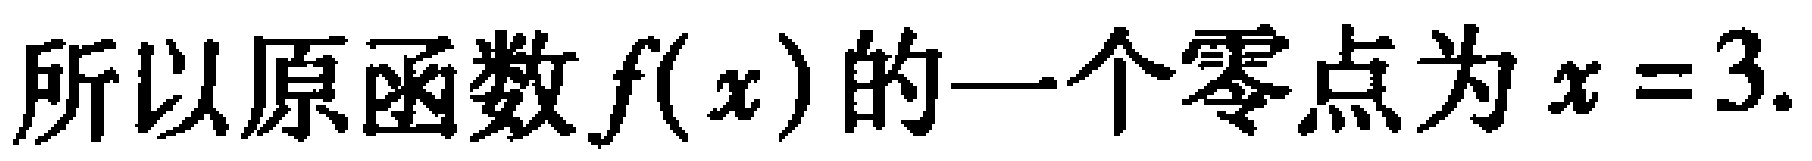
所以原函数\(f(x)\)的一个零点为\(x = 3\).